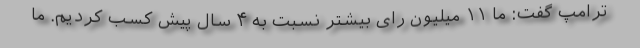
ترامپ گفت: ما ۱۱ میلیون رای بیشتر نسبت به ۴ سال پیش کسب کردیم. ما